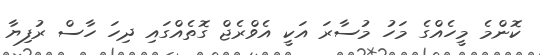
ކޮންމެ މީހެއްގެ މަހު މުސާރަ އަކީ އެވްރެޖް ގޮތެއްގައި ދިހަ ހާސް ރުފިޔާ